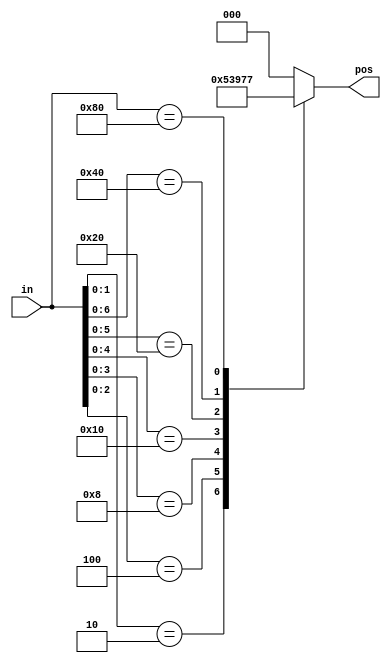
module top_module (
    input [7:0] in,
    output reg [2:0] pos );
    
    always @(*)
        begin
            casez(in)
                8'bzzzzzzz1: pos = 3'b000;
                8'bzzzzzz10: pos = 3'b001;
                8'bzzzzz100: pos = 3'b010;
                8'bzzzz1000: pos = 3'b011;
                8'bzzz10000: pos = 3'b100;
                8'bzz100000: pos = 3'b101;
                8'bz1000000: pos = 3'b110;
                8'b10000000: pos = 3'b111;
                default: pos = 3'b000;
            endcase
        end

endmodule